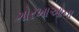
ગોરખાઓના